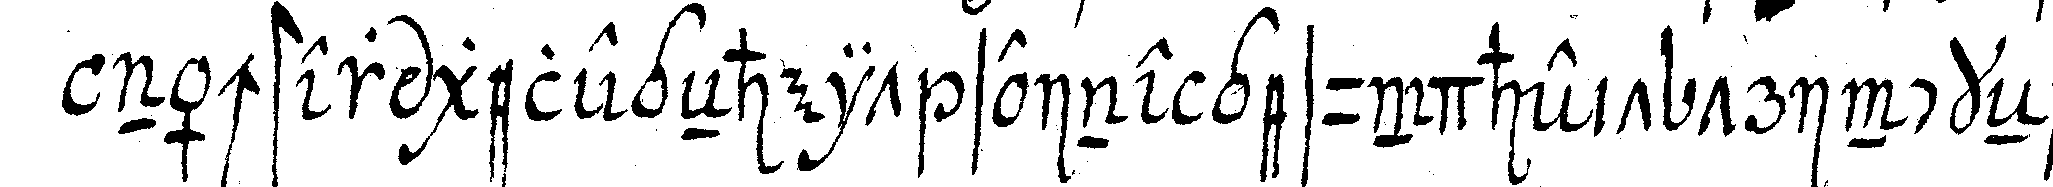
nächster gelegeNheit seine gesundheit trinckeN